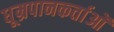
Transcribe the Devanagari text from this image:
धूम्रपानकर्ताओं